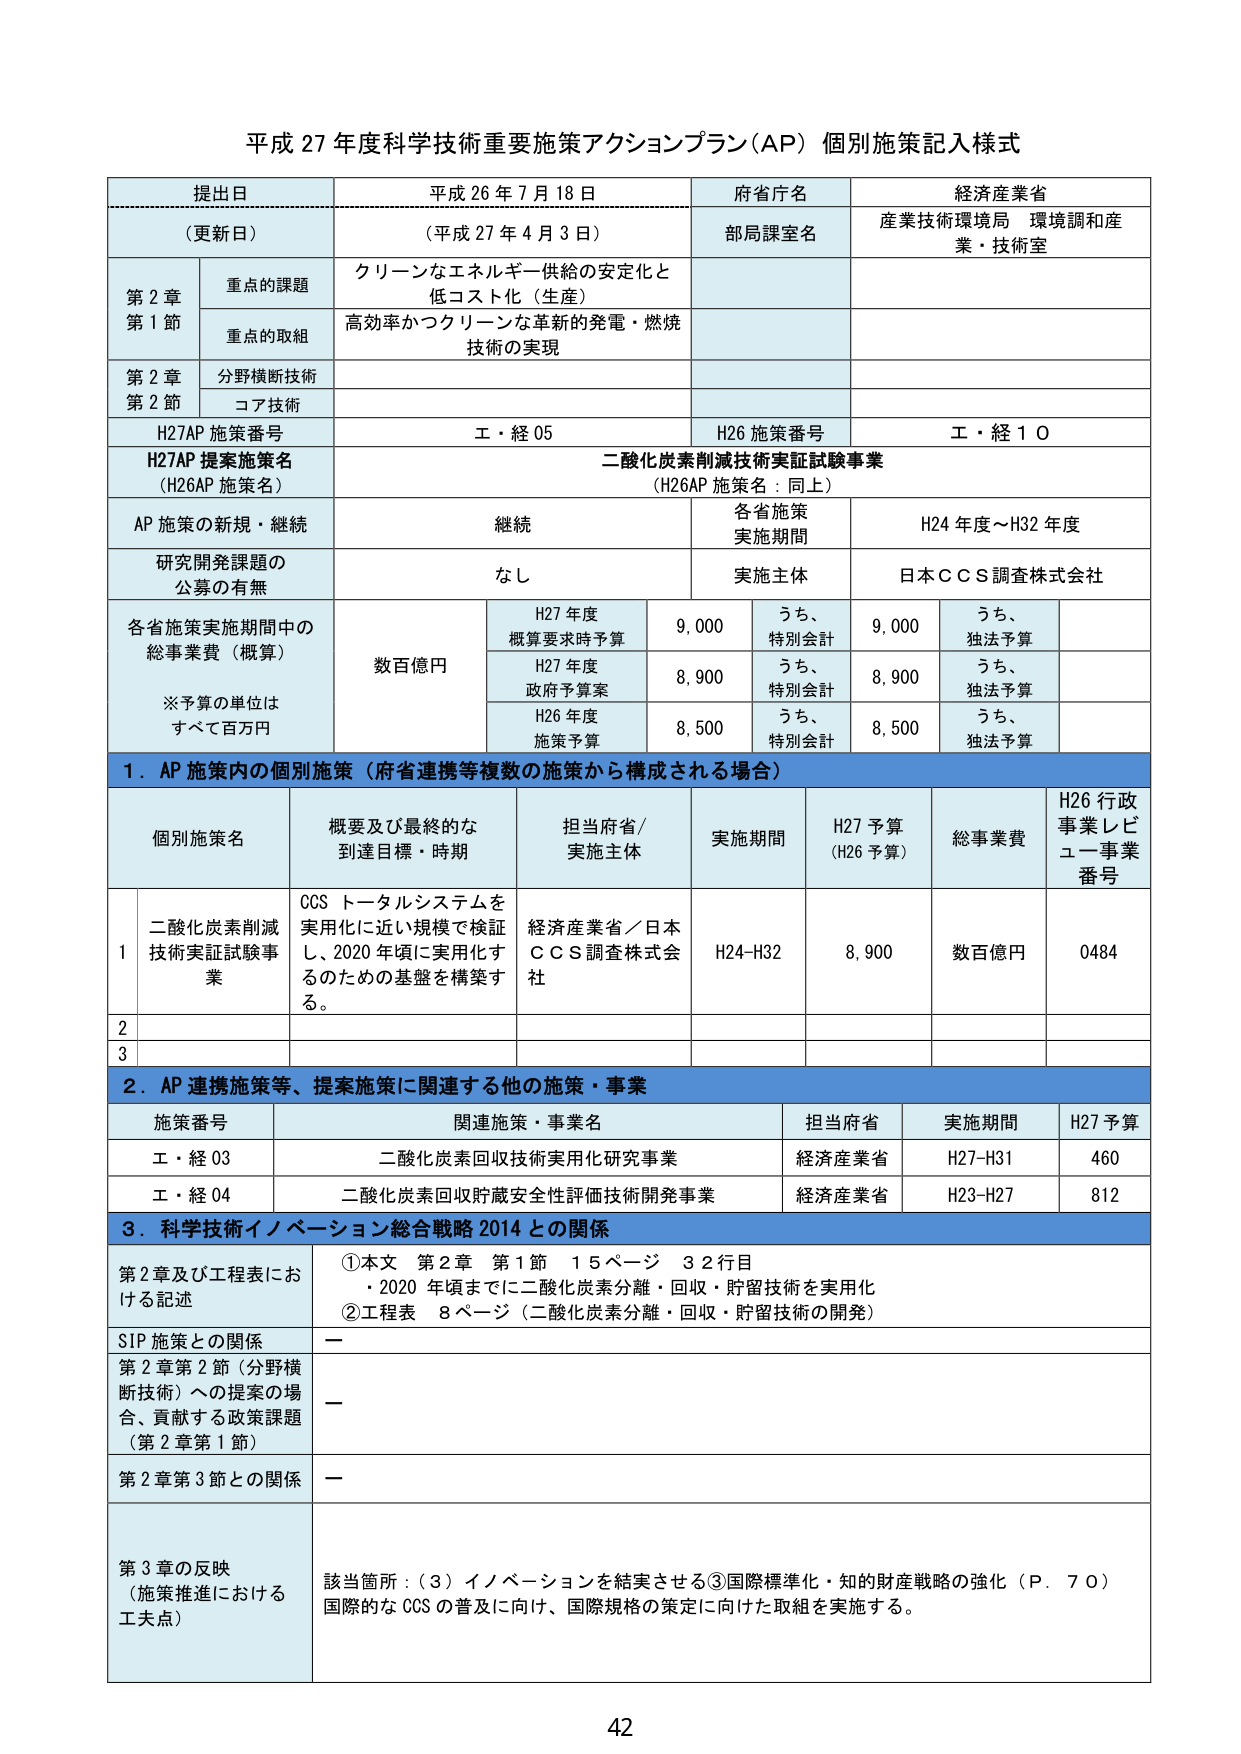
平成 27 年度科学技術重要施策アクションプラン（AP）個別施策記入様式

提出日 平成 26 年 7 月 18 日
（更新日） （平成 27 年 4 月 3 日）
府省庁名 経済産業省
部局課室名 産業技術環境局 環境調和産業・技術室

第 2 章
第 1 節
重点の課題 クリーンなエネルギー供給の安定化と
低コスト化（生産）
重点の取組 高効率かつクリーンな革新的発電・燃焼
技術の実現

第 2 章
第 2 節
分野横断技術
コア技術

H27AP 施策番号 エ・経 05
H26 施策番号 エ・経 10

H27AP 提案施策名
（H26AP 施策名）
二酸化炭素削減技術実証試験事業
（H26AP 施策名：同上）

AP 施策の新規・継続 継続
各省施策
実施期間 H24 年度～H32 年度

研究開発課題の
公募の有無 なし
実施主体 日本ＣＣＳ調査株式会社

各省施策実施期間中の
総事業費（概算）
※予算の単位は
すべて百万円
数百億円
H27 年度
概算要求時予算 9,000 うち、
特別会計 9,000 うち、
独法予算
H27 年度
政府予算案 8,900 うち、
特別会計 8,900 うち、
独法予算
H26 年度
施策予算 8,500 うち、
特別会計 8,500 うち、
独法予算

1．AP 施策内の個別施策（府省連携等複数の施策から構成される場合）

個別施策名 概要及び最終的な
到達目標・時期 担当府省/
実施主体 実施期間 H27 予算
（H26 予算） 総事業費 H26 行政
事業レビューア事業
番号

1 二酸化炭素削減
技術実証試験事業 CCS トータルシステムを
実用化に近い規模で検証
し、2020 年頃に実用化す
るのための基盤を構築す
る。 経済産業省／日本
ＣＣＳ調査株式会社 H24-H32 8,900 数百億円 0484

2

3

2．AP 連携施策等、提案施策に関連する他の施策・事業

施策番号 関連施策・事業名 担当府省 実施期間 H27 予算

エ・経 03 二酸化炭素回収技術実用化研究事業 経済産業省 H27-H31 460

エ・経 04 二酸化炭素回収貯蔵安全性評価技術開発事業 経済産業省 H23-H27 812

3．科学技術イノベーション総合戦略 2014 との関係

第 2 章及び工程表にお
ける記述 ①本文 第 2 章 第 1 節 15 ページ 32 行目
・2020 年頃までに二酸化炭素分離・回収・貯留技術を実用化
②工程表 8 ページ（二酸化炭素分離・回収・貯留技術の開発）

SIP 施策との関係 —
第 2 章第 2 節（分野横断技術）への提案の場合、貢献する政策課題
（第 2 章第 1 節） —
第 2 章第 3 節との関係 —
第 3 章の反映
（施策推進における
工夫点） 該当箇所：（3）イノベーションを結実させる③国際標準化・知的財産戦略の強化（P．70）
国際的な CCS の普及に向け、国際規格の策定に向けた取組を実施する。

42